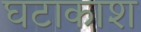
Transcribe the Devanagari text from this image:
घटाकाश